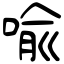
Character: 喩